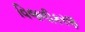
વિજળીકરણ